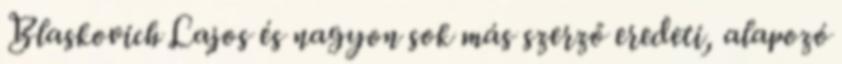
Blaskovich Lajos és nagyon sok más szerző eredeti, alapozó